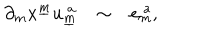
\partial _ { m } x ^ { \underline { { { m } } } } u _ { \underline { { { m } } } } ^ { ~ a } { } \sim e _ { m } ^ { ~ a } ,